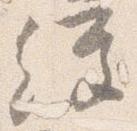
経